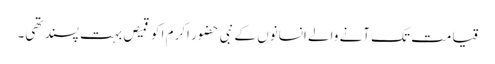
قیامت تک آنے والے انسانوں کے نبی حضور اکرم ا کو قمیص بہت پسند تھی۔